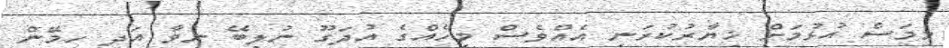
މިމަސް އުޅުމަށް ޚިޔާރުކުރަނީ އެއްވެސް މީހެއްގެ އުދަގޫ ނުލިބޭ ނިވާ އަދި ހިމޭން